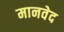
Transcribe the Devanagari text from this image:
मानवेद